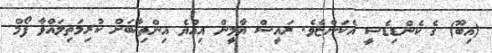
(އިބޫ) ގެ ކެންޑިޑެސީ އެކަންޏެވެ. ރައީސް ޔާމީން އިއްޔެ އިންތިޚާބަށް ކުރިމަތިލައްވާ ފޯމް